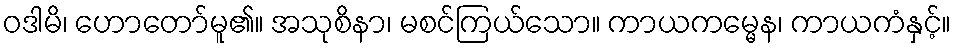
ဝဒါမိ၊ ဟောတော်မူ၏။ အသုစိနာ၊ မစင်ကြယ်သော။ ကာယကမ္မေန၊ ကာယကံနှင့်။